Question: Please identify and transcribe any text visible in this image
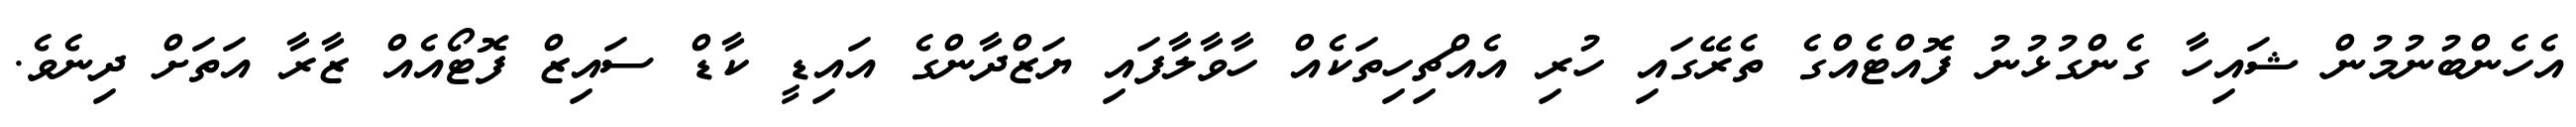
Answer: އެހެންބުނުމުން ޝައިހާ ގެންގުޅުނު ފޮއްޓެއްގެ ތެރޭގައި ހުރި އެއްޗިހިތަކެއް ހާވާލާފައި ޔަޒްދާންގެ އައިޑީ ކާޑް ސައިޒް ފޮޓޯއެއް ޒާރާ އަތަށް ދިނެވެ.